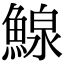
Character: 鰁